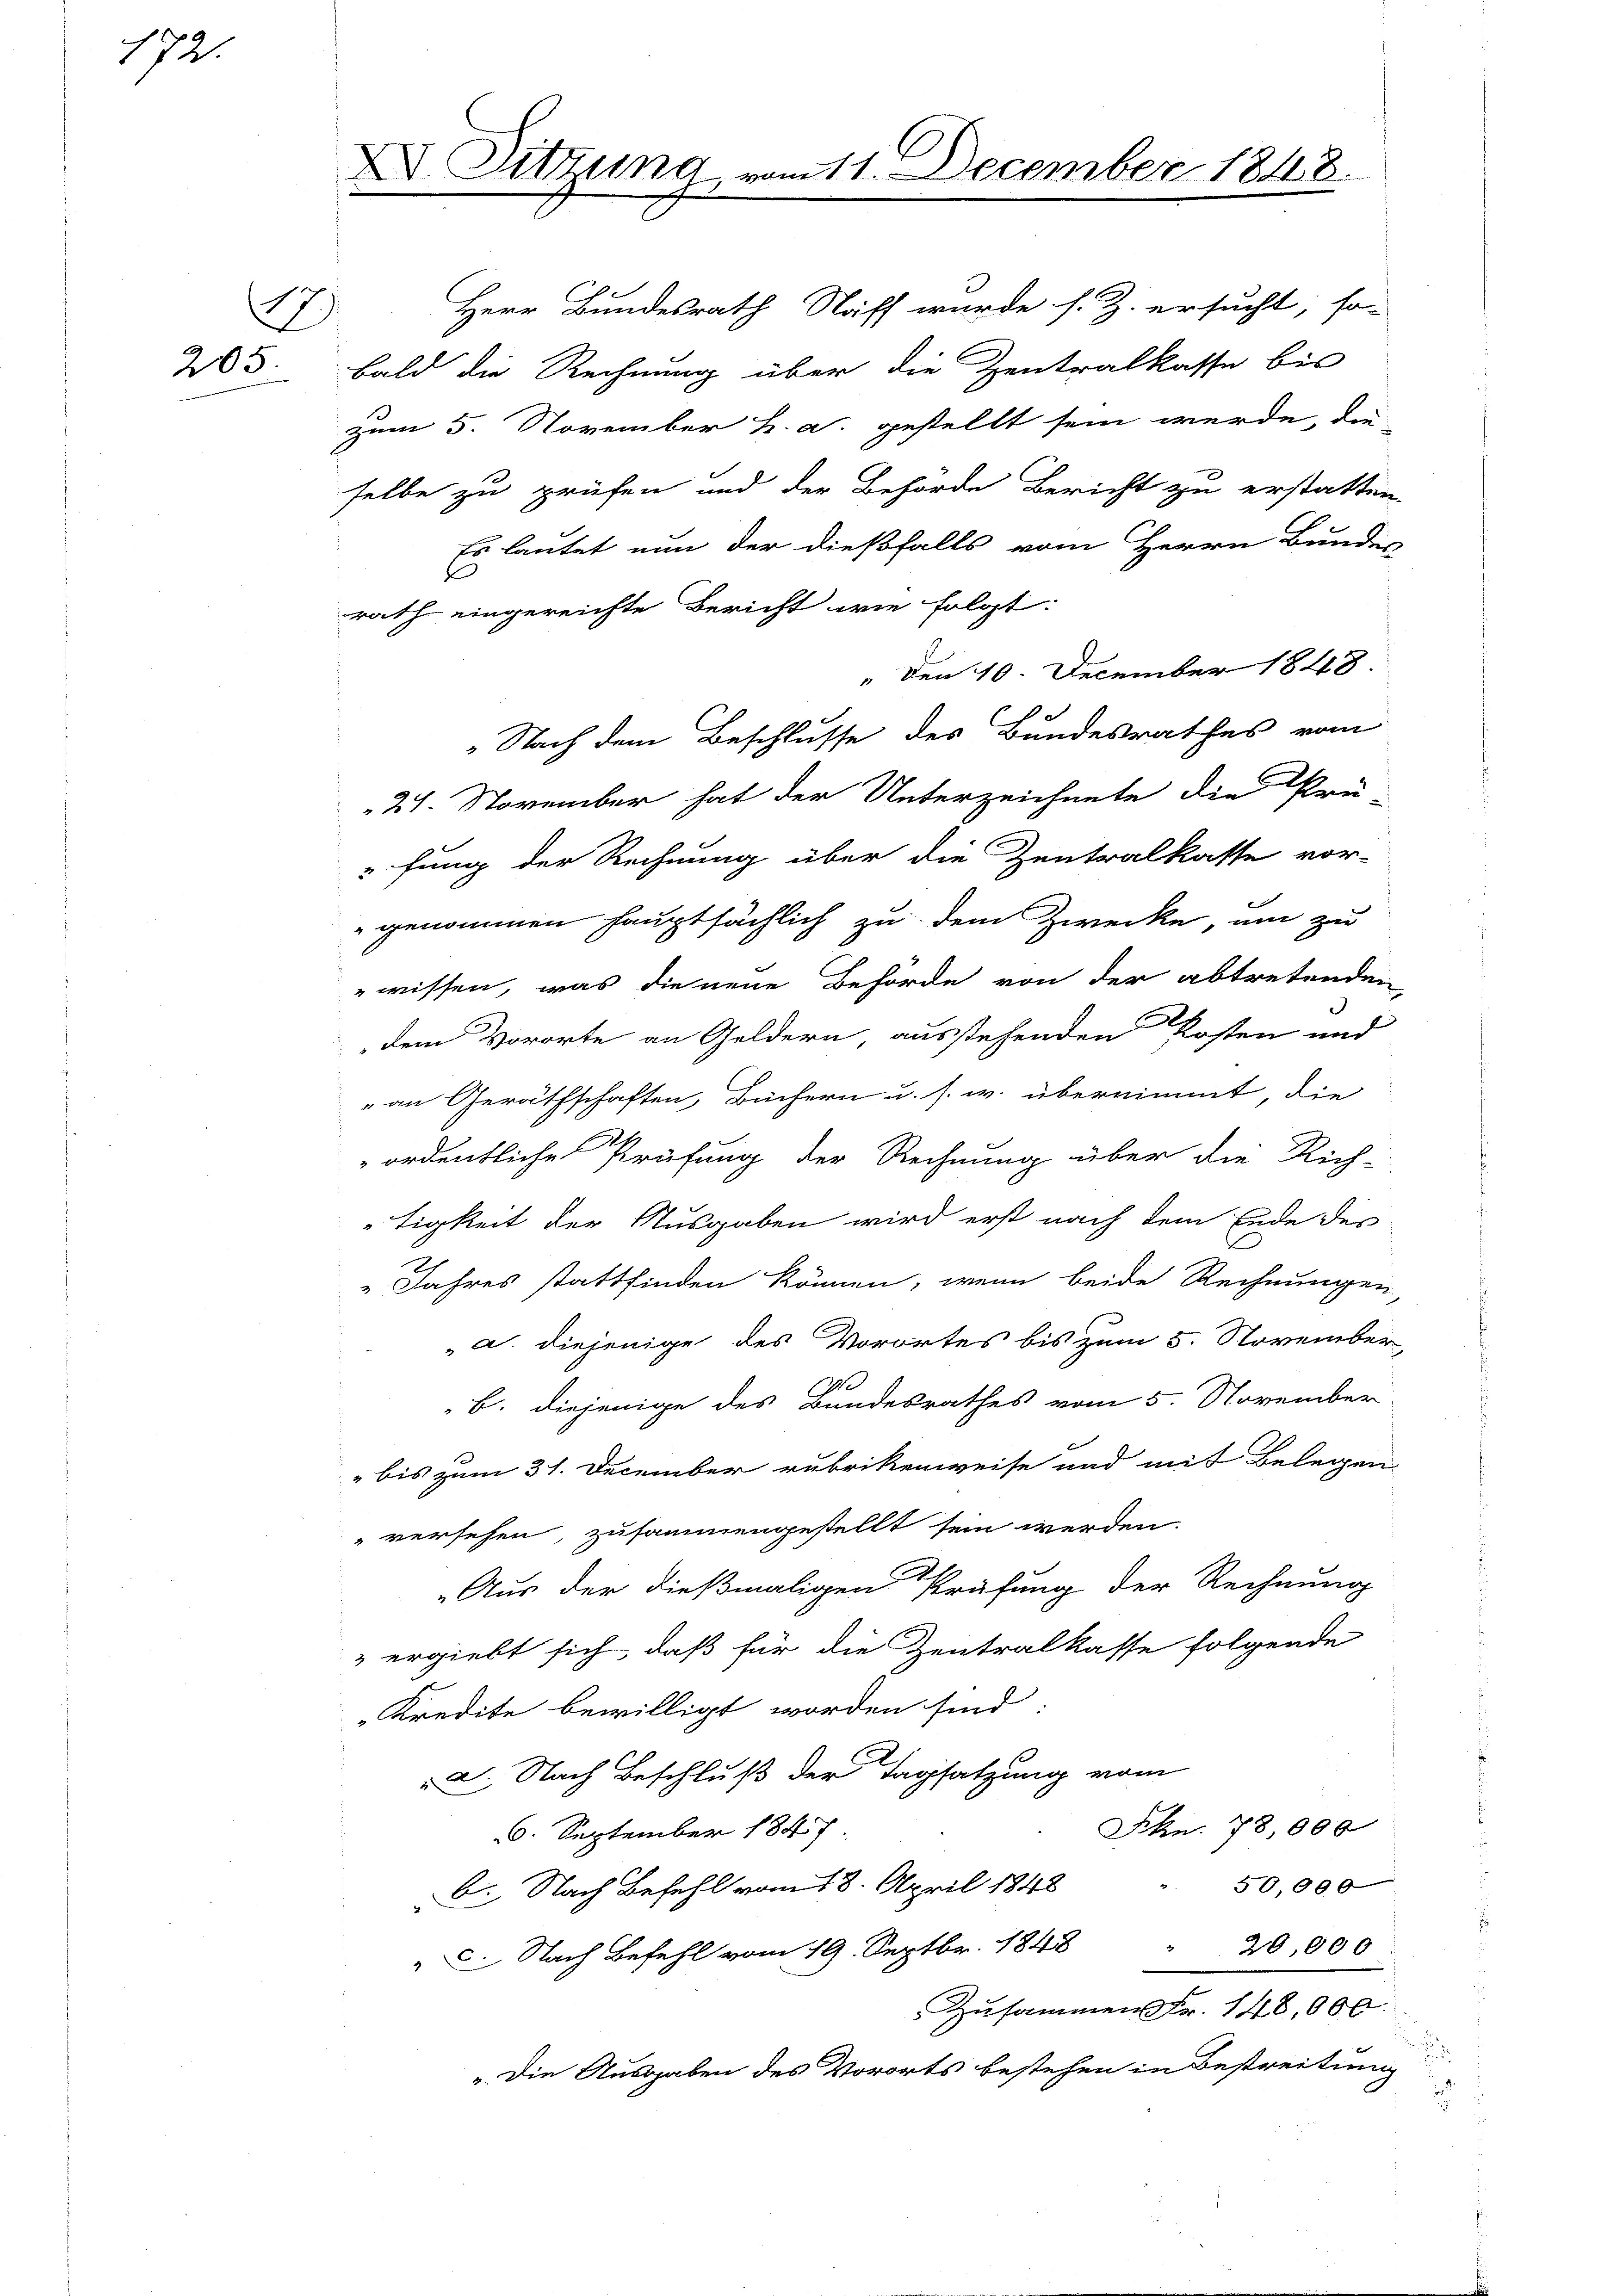
172.

205.

V Sitzung vom 11. December 1848.

17 Herr Bundesrath Staff wurde s. Z. ersucht, so-
bald die Rechnung über die Zentralkasse bis
Zum 5. November h. a. gestellt sein werde, die-
selbe zu prüfen und der Behörde Bericht zu erstatten.
Es lautet nun der dießfalls vom Herrn Bunder
d
rath eingereichte Bericht wie folgt:
" Den 10. December 1848
Nach dem Beschlusse des Bundesrathes vom
27. November hat der Unterzeichnete die Prü-
fung der Rechnung über die Zentralkasse vor-
genommen hauptsächlich zu dem Zwecke, um zu
wissen, was die neue Behörde von der abtretenden
dem Vororte an Geldern ausstehenden Kosten und
an Geräthschaften, Büchern u. s. w. übernimmt, die
ordentliche Prüfung der Rechnung über die Rich-
tigkeit der Ausgaben wird erst nach dem Ende des
"Jahres stattfinden können, wenn beide Rechnungen,
a. diejenige des Vorortes bis zum 5. November,
7.
B. diejenige des Bandesrathes vom 5. November
bis zum 31. December rubrikenweise und mit Belegen
versehen, zusammengestellt sein werden.
Aus der dießmaligen Prüfung der Rechnung
ergiebt sich, daß für die Zentralkasse folgende
Kredite bewilligt worden sind.
D. Nach Beschluß der Tagsatzung vom
Frkn. 78,000
16. September 1847.
50,000
b. Nach Befehl vom 18. April 1848
C. Nach Befehl vom 19. Septbr. 1848 " 20,000
Zusammen Fr. 148,000.
„Die Ausgaben des Vororts bestehen in Bestreitung